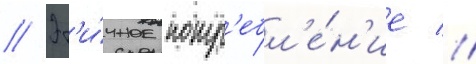
// Эт'и́чное потр'ебл'е́н'ие //